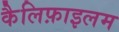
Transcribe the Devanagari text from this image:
कैलिफ़ाइलम